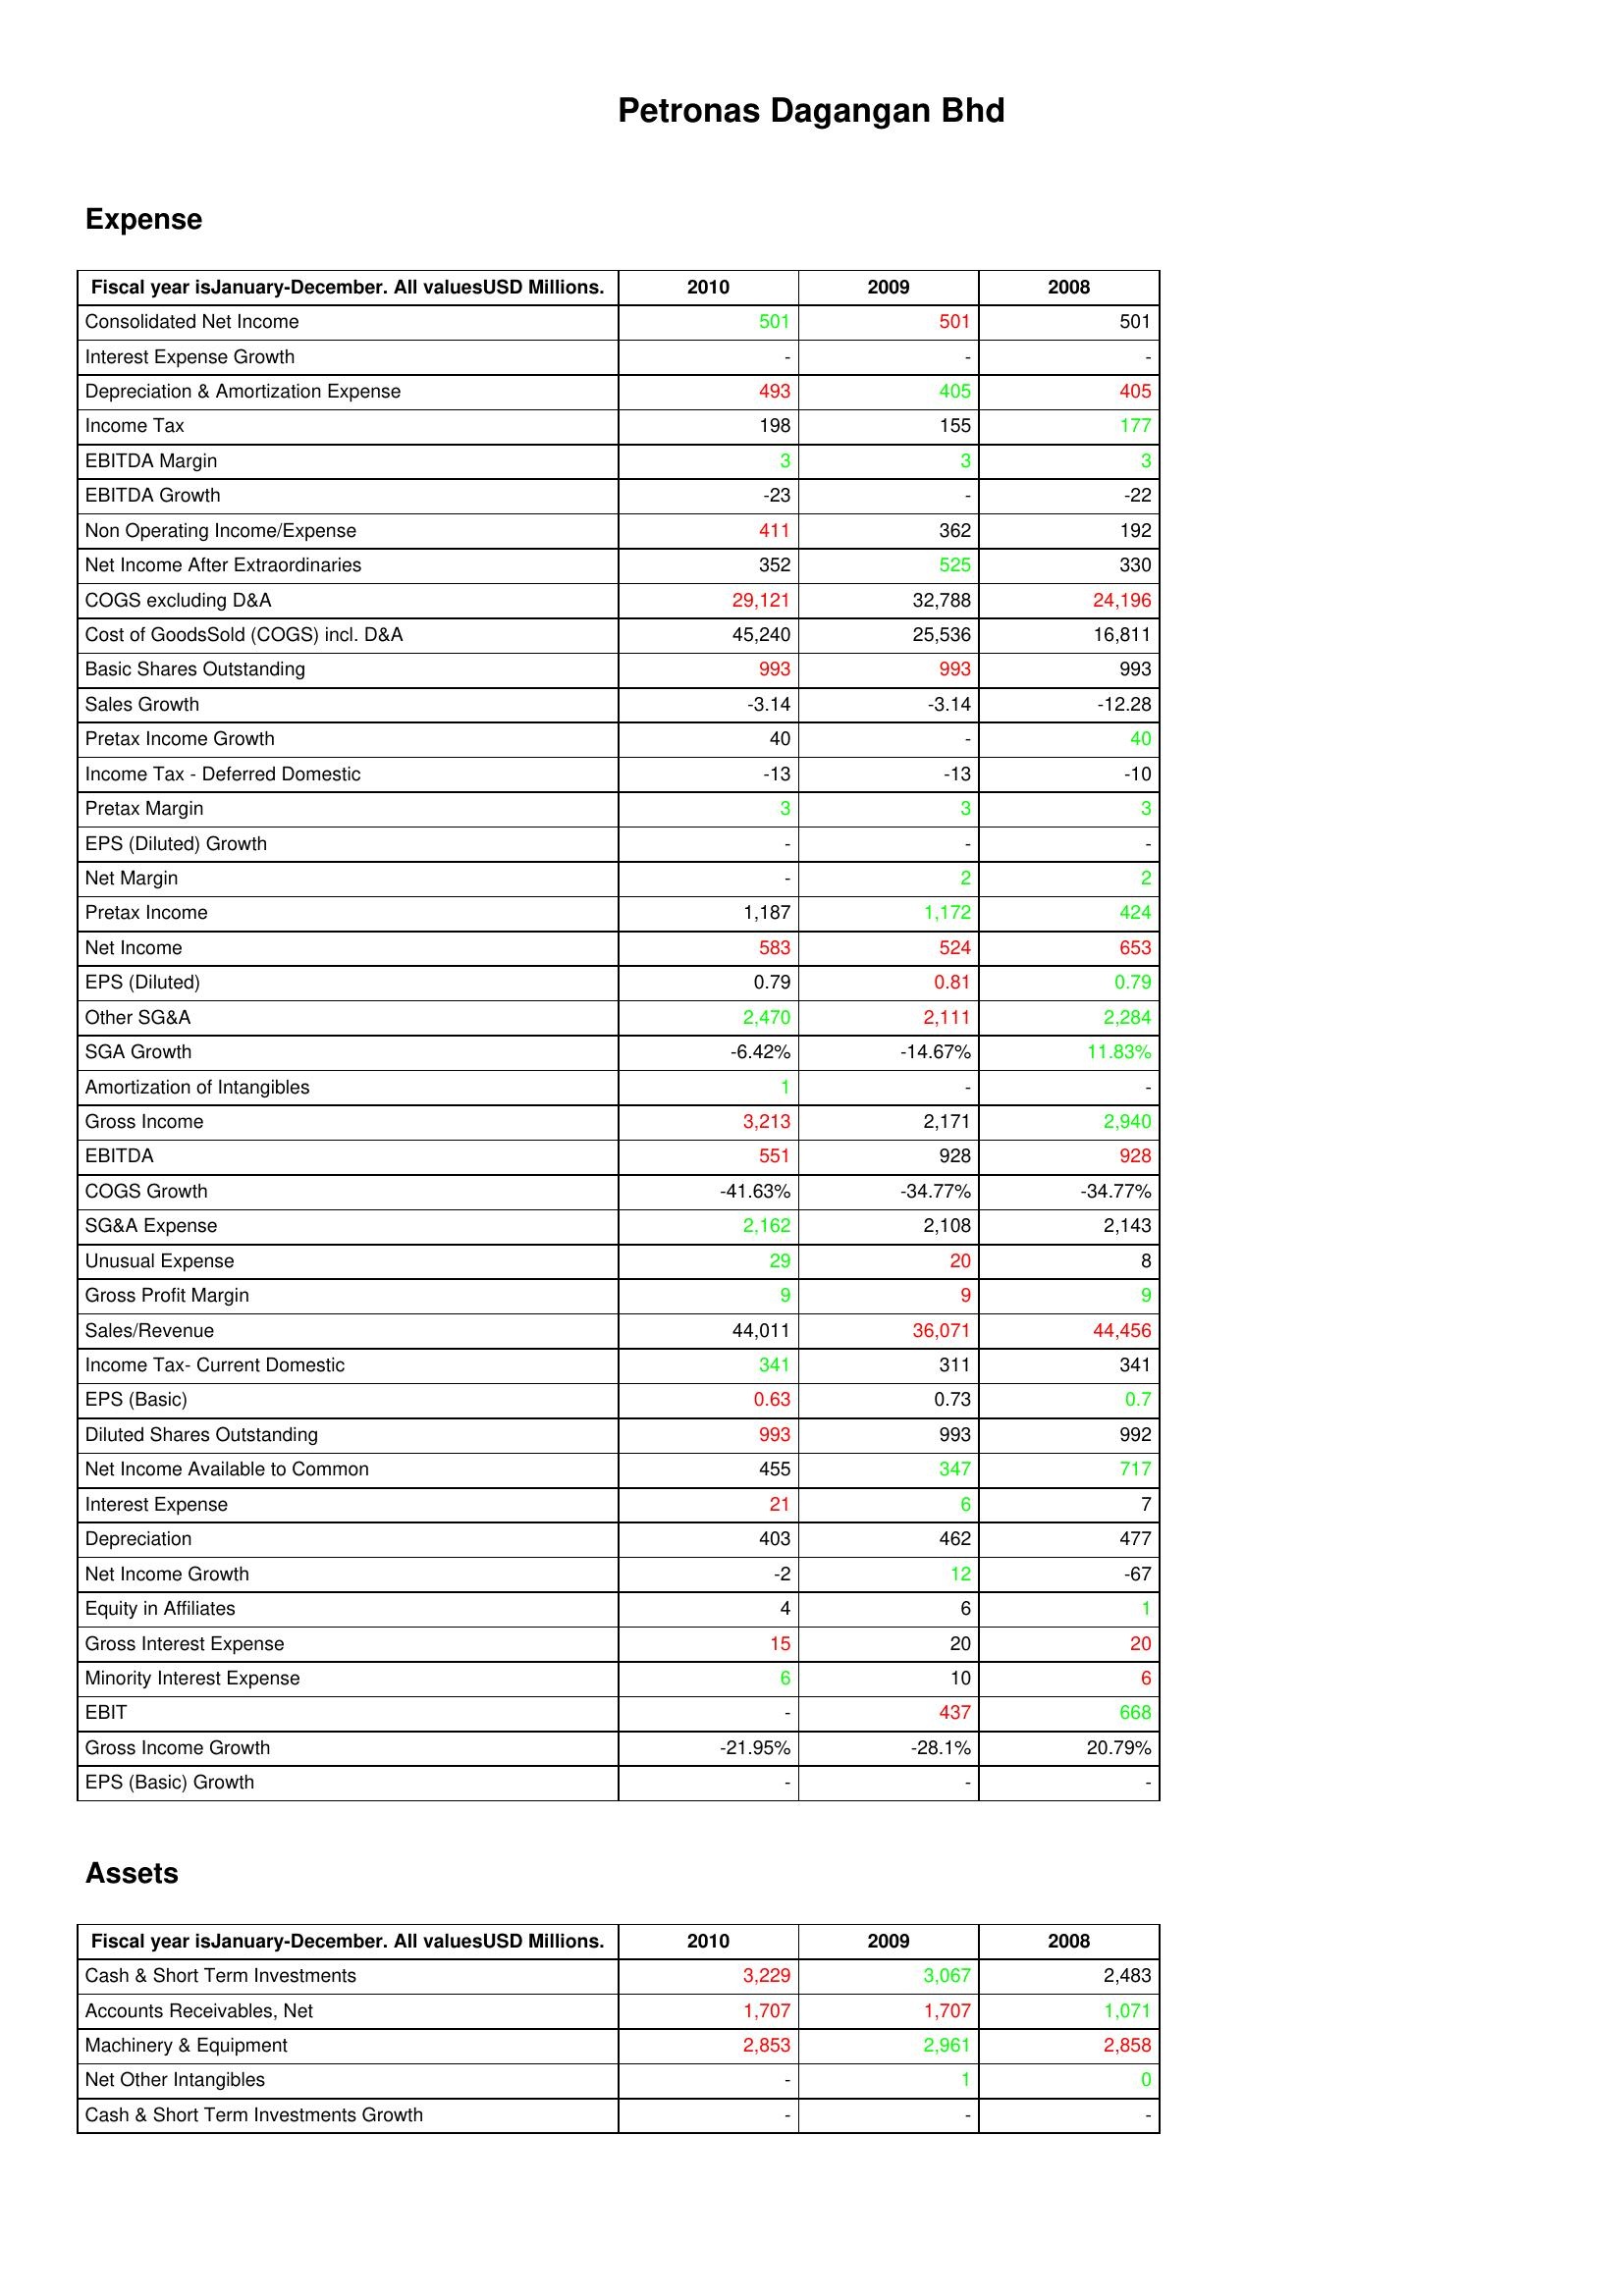
gt_parse: 2010: Expense: Consolidated Net Income: 501
Interest Expense Growth: -
Depreciation & Amortization Expense: 493
Income Tax: 198
EBITDA Margin: 3
EBITDA Growth: -23
Non Operating Income/Expense: 411
Net Income After Extraordinaries: 352
COGS excluding D&A: 29,121
Cost of GoodsSold (COGS) incl. D&A: 45,240
Basic Shares Outstanding: 993
Sales Growth: -3.14
Pretax Income Growth: 40
Income Tax - Deferred Domestic: -13
Pretax Margin: 3
EPS (Diluted) Growth: -
Net Margin: -
Pretax Income: 1,187
Net Income: 583
EPS (Diluted): 0.79
Other SG&A: 2,470
SGA Growth: -6.42%
Amortization of Intangibles: 1
Gross Income: 3,213
EBITDA: 551
COGS Growth: -41.63%
SG&A Expense: 2,162
Unusual Expense: 29
Gross Profit Margin: 9
Sales/Revenue: 44,011
Income Tax- Current Domestic: 341
EPS (Basic): 0.63
Diluted Shares Outstanding: 993
Net Income Available to Common: 455
Interest Expense: 21
Depreciation: 403
Net Income Growth: -2
Equity in Affiliates: 4
Gross Interest Expense: 15
Minority Interest Expense: 6
EBIT: -
Gross Income Growth: -21.95%
EPS (Basic) Growth: -
Assets: Cash & Short Term Investments: 3,229
Accounts Receivables, Net: 1,707
Machinery & Equipment: 2,853
Net Other Intangibles: -
Cash & Short Term Investments Growth: -
2009: Expense: Consolidated Net Income: 501
Interest Expense Growth: -
Depreciation & Amortization Expense: 405
Income Tax: 155
EBITDA Margin: 3
EBITDA Growth: -
Non Operating Income/Expense: 362
Net Income After Extraordinaries: 525
COGS excluding D&A: 32,788
Cost of GoodsSold (COGS) incl. D&A: 25,536
Basic Shares Outstanding: 993
Sales Growth: -3.14
Pretax Income Growth: -
Income Tax - Deferred Domestic: -13
Pretax Margin: 3
EPS (Diluted) Growth: -
Net Margin: 2
Pretax Income: 1,172
Net Income: 524
EPS (Diluted): 0.81
Other SG&A: 2,111
SGA Growth: -14.67%
Amortization of Intangibles: -
Gross Income: 2,171
EBITDA: 928
COGS Growth: -34.77%
SG&A Expense: 2,108
Unusual Expense: 20
Gross Profit Margin: 9
Sales/Revenue: 36,071
Income Tax- Current Domestic: 311
EPS (Basic): 0.73
Diluted Shares Outstanding: 993
Net Income Available to Common: 347
Interest Expense: 6
Depreciation: 462
Net Income Growth: 12
Equity in Affiliates: 6
Gross Interest Expense: 20
Minority Interest Expense: 10
EBIT: 437
Gross Income Growth: -28.1%
EPS (Basic) Growth: -
Assets: Cash & Short Term Investments: 3,067
Accounts Receivables, Net: 1,707
Machinery & Equipment: 2,961
Net Other Intangibles: 1
Cash & Short Term Investments Growth: -
2008: Expense: Consolidated Net Income: 501
Interest Expense Growth: -
Depreciation & Amortization Expense: 405
Income Tax: 177
EBITDA Margin: 3
EBITDA Growth: -22
Non Operating Income/Expense: 192
Net Income After Extraordinaries: 330
COGS excluding D&A: 24,196
Cost of GoodsSold (COGS) incl. D&A: 16,811
Basic Shares Outstanding: 993
Sales Growth: -12.28
Pretax Income Growth: 40
Income Tax - Deferred Domestic: -10
Pretax Margin: 3
EPS (Diluted) Growth: -
Net Margin: 2
Pretax Income: 424
Net Income: 653
EPS (Diluted): 0.79
Other SG&A: 2,284
SGA Growth: 11.83%
Amortization of Intangibles: -
Gross Income: 2,940
EBITDA: 928
COGS Growth: -34.77%
SG&A Expense: 2,143
Unusual Expense: 8
Gross Profit Margin: 9
Sales/Revenue: 44,456
Income Tax- Current Domestic: 341
EPS (Basic): 0.7
Diluted Shares Outstanding: 992
Net Income Available to Common: 717
Interest Expense: 7
Depreciation: 477
Net Income Growth: -67
Equity in Affiliates: 1
Gross Interest Expense: 20
Minority Interest Expense: 6
EBIT: 668
Gross Income Growth: 20.79%
EPS (Basic) Growth: -
Assets: Cash & Short Term Investments: 2,483
Accounts Receivables, Net: 1,071
Machinery & Equipment: 2,858
Net Other Intangibles: 0
Cash & Short Term Investments Growth: -